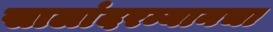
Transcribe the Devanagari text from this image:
सालांदरम्यानचा